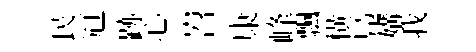
民冠跡心岧康峰飄横鳬媾我